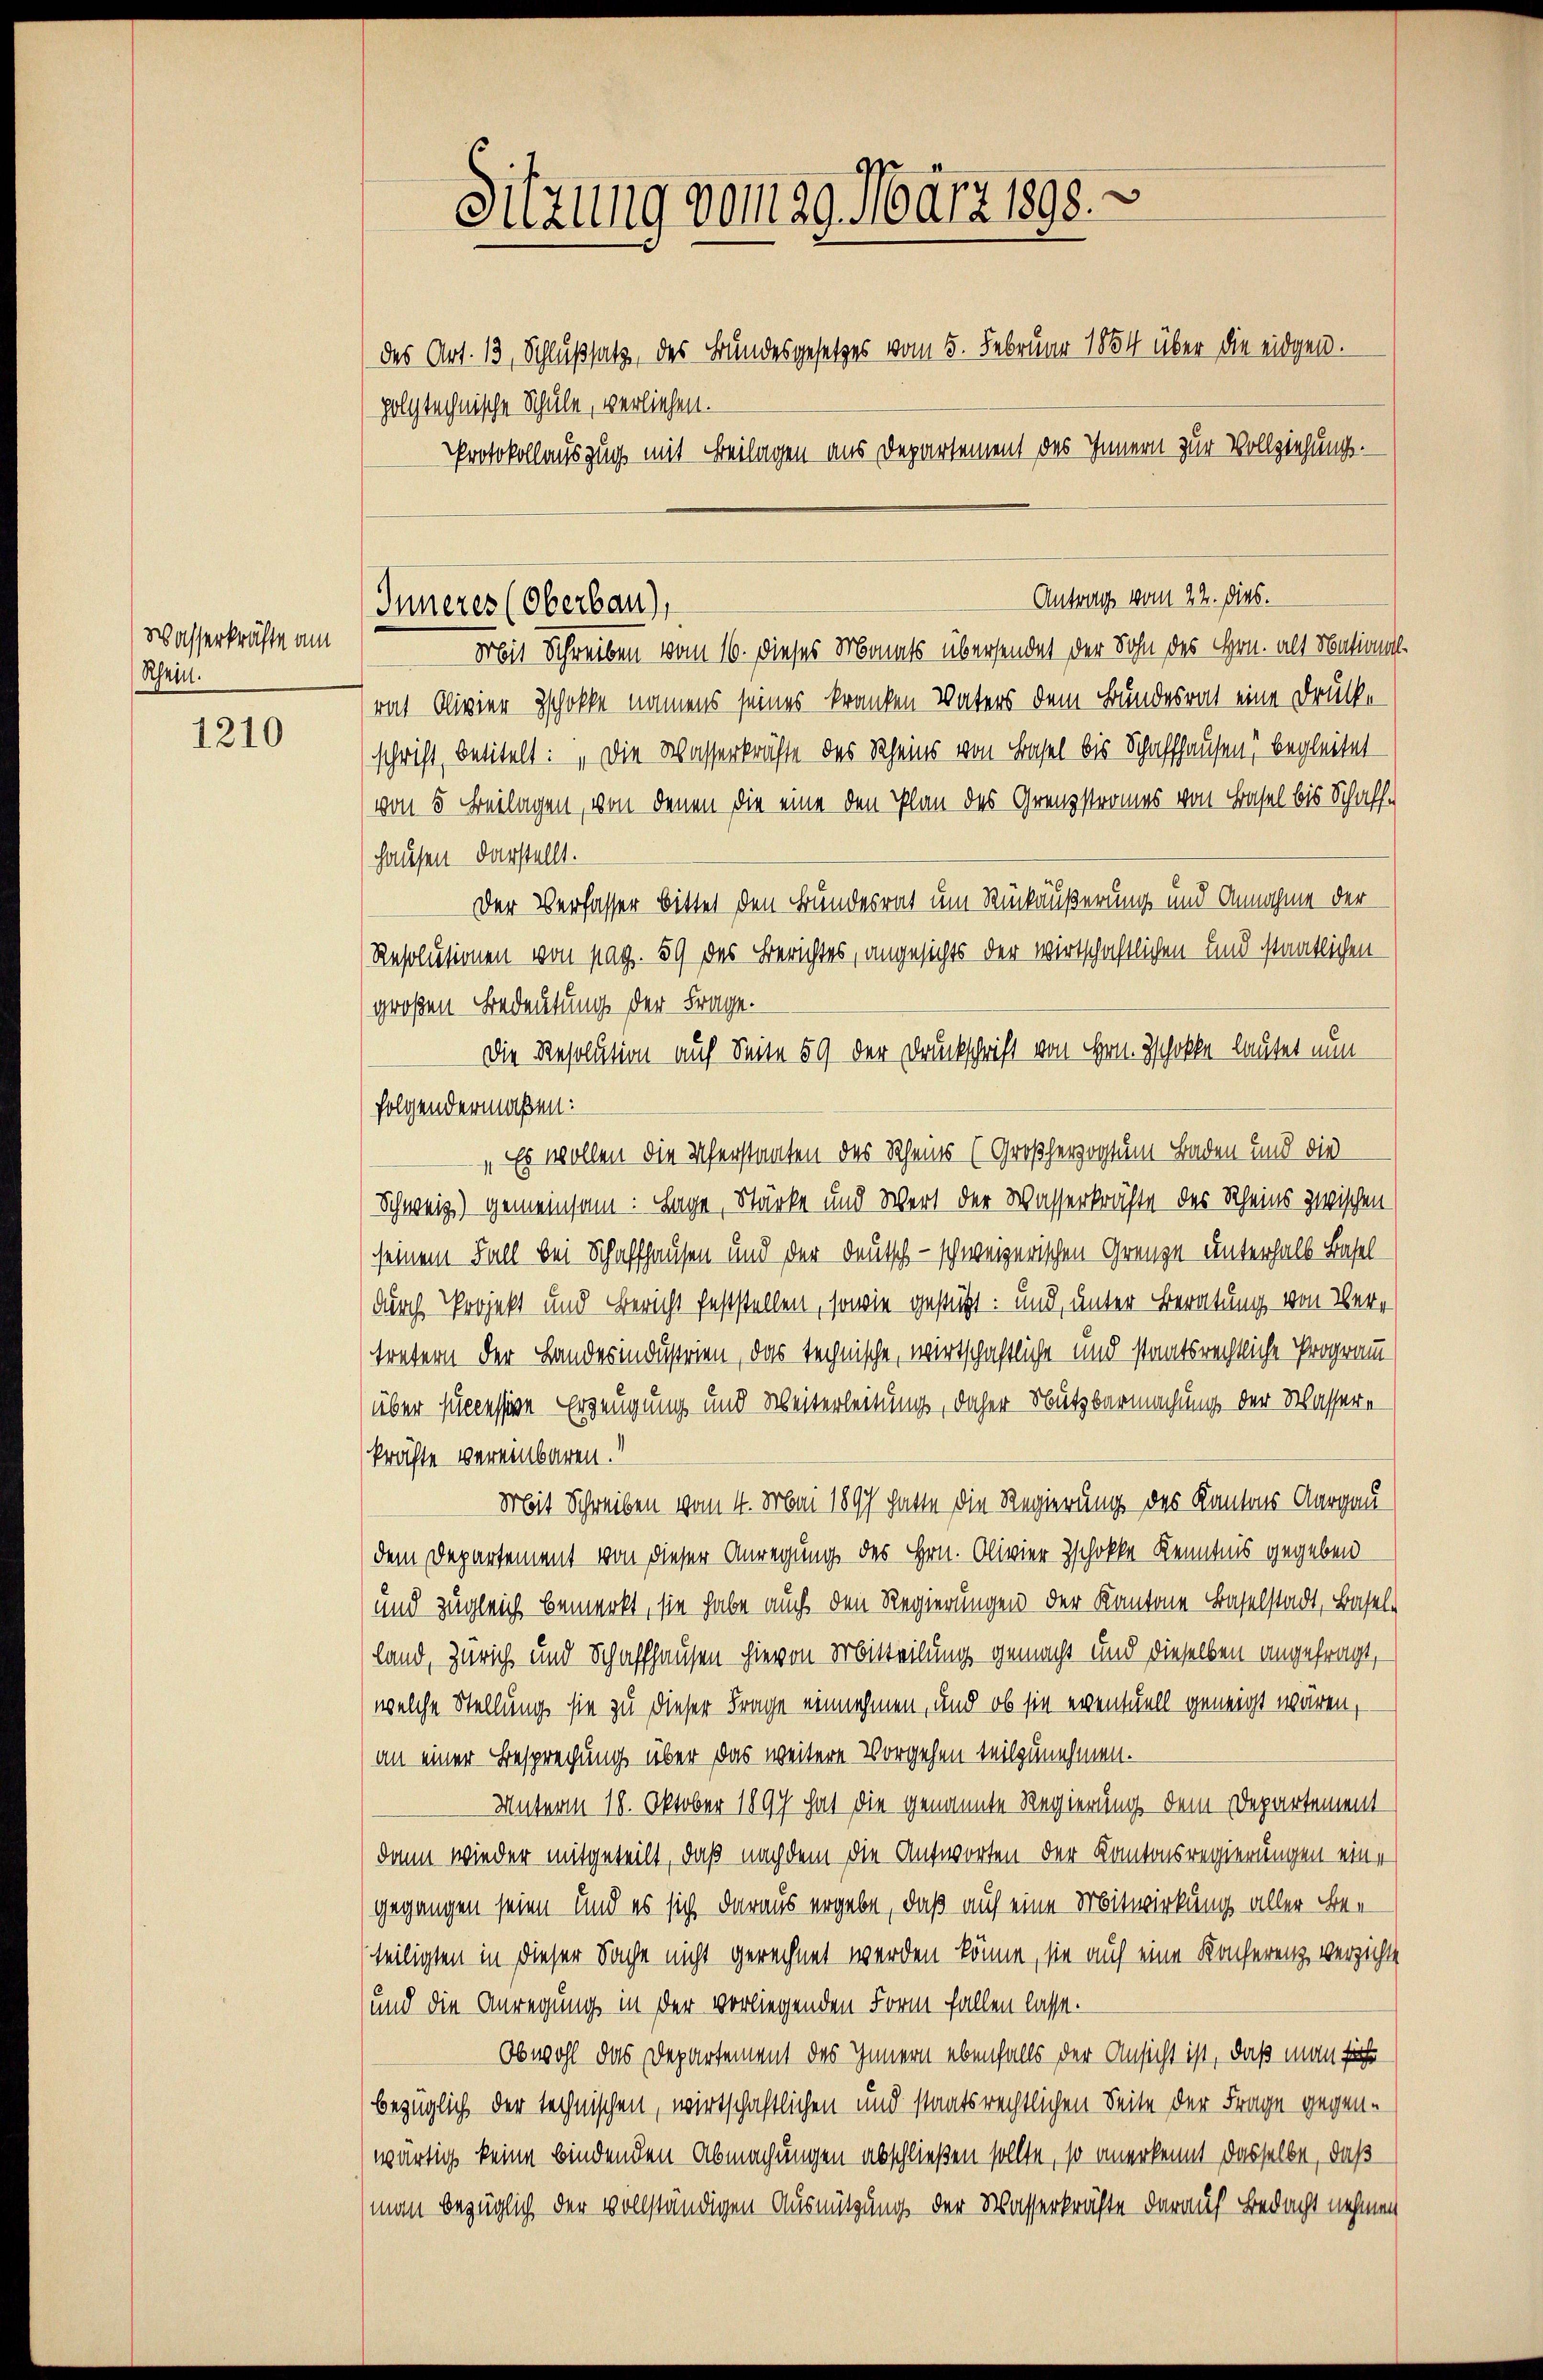
Wasserkräfte am
Rhein.

1210

Sitzung vom 29. März 1898.
des Art. 13, Schlußsatz, des Bundesgesetzes vom 5. Februar 1854 über die eidgen.
polytechnische Schule, verliehen.
Protokollauszug mit Beilagen aus Departement des Innern zur Vollziehungs-

Inneres (Oberbau,

Mit Schreiben vom 16. dieses Monats übersendet der Sohn des Hrn. als Nationalrath Olivier schokke namens seines kranken Vaters dem Bundesrat eine Drucke
schrift, betitelt: „Die Wasserkräfte des Rheins von Basel bis Schaffhausen) begleitet
von 5 Beilagen, von denen die eine den Plan des Grenzstromes von Basel bis Schaff-
hausen darstellt.
Der Verfasser bittet den Bundesrat um Rückäußerung und Annahme der
Resolusionen von pag. 59 des Berichtes, angesichts der wirtschaftlichen und staatlichen
großen Bedeutung der Frage.
Die Resolution auf Seite 59 der Druckschrift von Hrn. Zschokke lautet nun
folgendermaßen:
Es wollen die Scherstanten des Scheines (Großherzogtum Baden und die
Schweiz) gemeinsam: Lage, Stärke und Wert der Wasserkräfte des Rheins zwischen
seinem Fall bei Schaffhausen und der Deutsch - schweizerischen Grenze unterhalb Baseldurch Projekt und Bericht feststellen, sowie gestützt: und, unter Beratung von Vertretern der Landesindustrien, das technische, wirtschaftliche und staatsrechtliche Programm
über successive Erzeugung und Weiterleitung, daher Nutzbarmachung der Wassere
kräfte vereinbaren.“
Mit Schreiben vom 4. Mai 1897 hatte die Regierung des Kantons Aargau
dem Departement von dieser Anregung des Hrn. Olivier Zschokke Kenntnis gegeben
und zugleich bemerkt, sie habe auch den Regierungen der Kantone Baselstadt, Basel
land, Zürich und Schaffhausen hievon Mitteilung gemacht und dieselben angefragt,
welche Stellung sie zu dieser Frage einnehmen, und ob sie eventuell geneigt wären,
an einer Besprechung über das weitere Vorgehen teilzunehmen.
Unterm 18. Oktober 1899 hat die genannte Regierung dem Departement
dann wieder mitgeteilt, daß nachdem die Antworten der Kantonsregierungen eine
gegangen seien und es sich daraus ergebe, daß auf eine Mitwirkung aller Bee
teiligten in dieser Sache nicht gerechnet werden könne, sie auf eine Konferenz verzichte
und die Anregung in der vorliegenden Form fallen lasse.
Obwohl das Departement des Innern ebenfalls der Ansicht ist, daß man führ
bezüglich der technischen, wirtschaftlichen und staatsrechtlichen Seite der Frage gegenwärtig keine bindenden Abmachungen abschließen sollte, so anerkennt dasselbe, daß
(man bezüglich der vollständigen Ausnützung der Wasserkräfte darauf Bedacht nehmen

Antrag vom 22. dies.